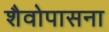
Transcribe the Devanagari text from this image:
शैवोपासना